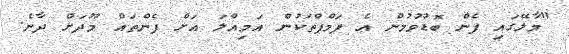
"މާލޭގައި ފެން ބޮޑުވުމުން އެ ޕަމްޕްތަކުން އަމިއްލަ އަށް ފެންތައް މޫދަށް ދާނެ.